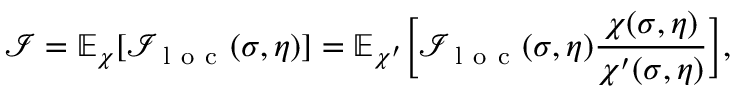
\mathcal { I } = \mathbb { E } _ { \chi } [ \mathcal { I } _ { \mathrm { ~ l ~ o ~ c ~ } } ( \sigma , \eta ) ] = \mathbb { E } _ { \chi ^ { \prime } } \bigg [ \mathcal { I } _ { \mathrm { ~ l ~ o ~ c ~ } } ( \sigma , \eta ) \frac { \chi ( \sigma , \eta ) } { \chi ^ { \prime } ( \sigma , \eta ) } \bigg ] ,